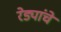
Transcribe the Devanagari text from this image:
रेड्यांचे